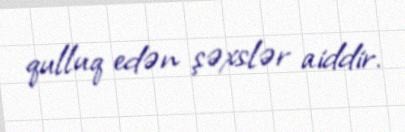
qulluq edən şəxslər aiddir.